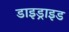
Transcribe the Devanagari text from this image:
डाइड्राइड